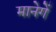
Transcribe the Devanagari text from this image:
मानेगें